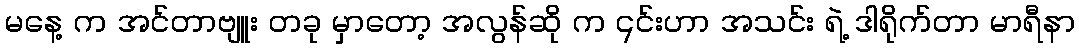
မနေ့ က အင်တာဗျူး တခု မှာတော့ အလွန်ဆို က ၎င်းဟာ အသင်း ရဲ့ ဒါရိုက်တာ မာရီနာ